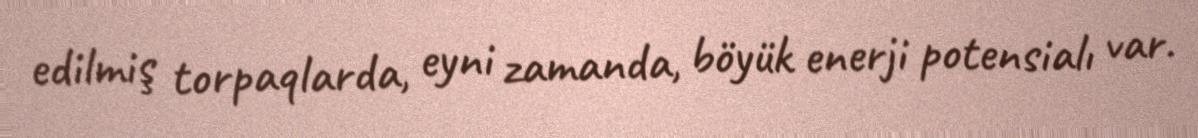
edilmiş torpaqlarda, eyni zamanda, böyük enerji potensialı var.